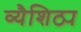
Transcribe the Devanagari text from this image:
व्यैशिठ्य